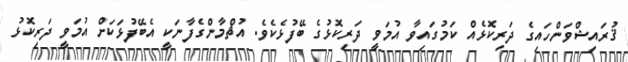
ޤުރައިޝްވަންހައިގެ ދަރިކޮޅެއް ކަމުގައިވާ އުމަވީ ދަރިކޮޅުގެ ބޭފުޅެކެވެ. އުޘްމާންގެފާނަކީ އެބޭފުޅަކަށް އުމަވީ ދަރިކޮޅު